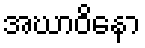
အဃာဝိနော